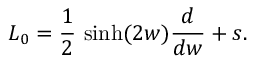
L _ { 0 } = \frac { 1 } { 2 } \, \sinh ( 2 w ) \frac { d } { d w } + s .